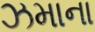
ઝમાના